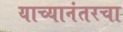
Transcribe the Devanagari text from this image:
याच्यानंतरचा